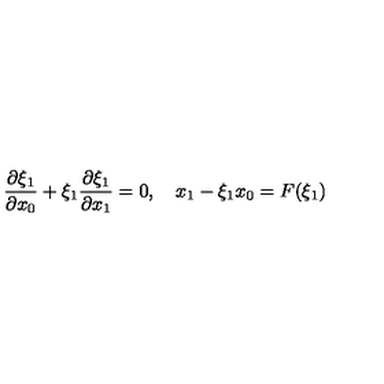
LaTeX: \frac { \partial \xi _ { 1 } } { \partial x _ { 0 } } + \xi _ { 1 } \frac { \partial \xi _ { 1 } } { \partial x _ { 1 } } = 0 , \quad x _ { 1 } - \xi _ { 1 } x _ { 0 } = F ( \xi _ { 1 } )